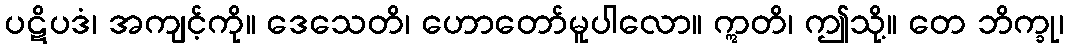
ပဋိပဒံ၊ အကျင့်ကို။ ဒေသေတိ၊ ဟောတော်မူပါလော။ ဣတိ၊ ဤသို့။ တေ ဘိက္ခု၊